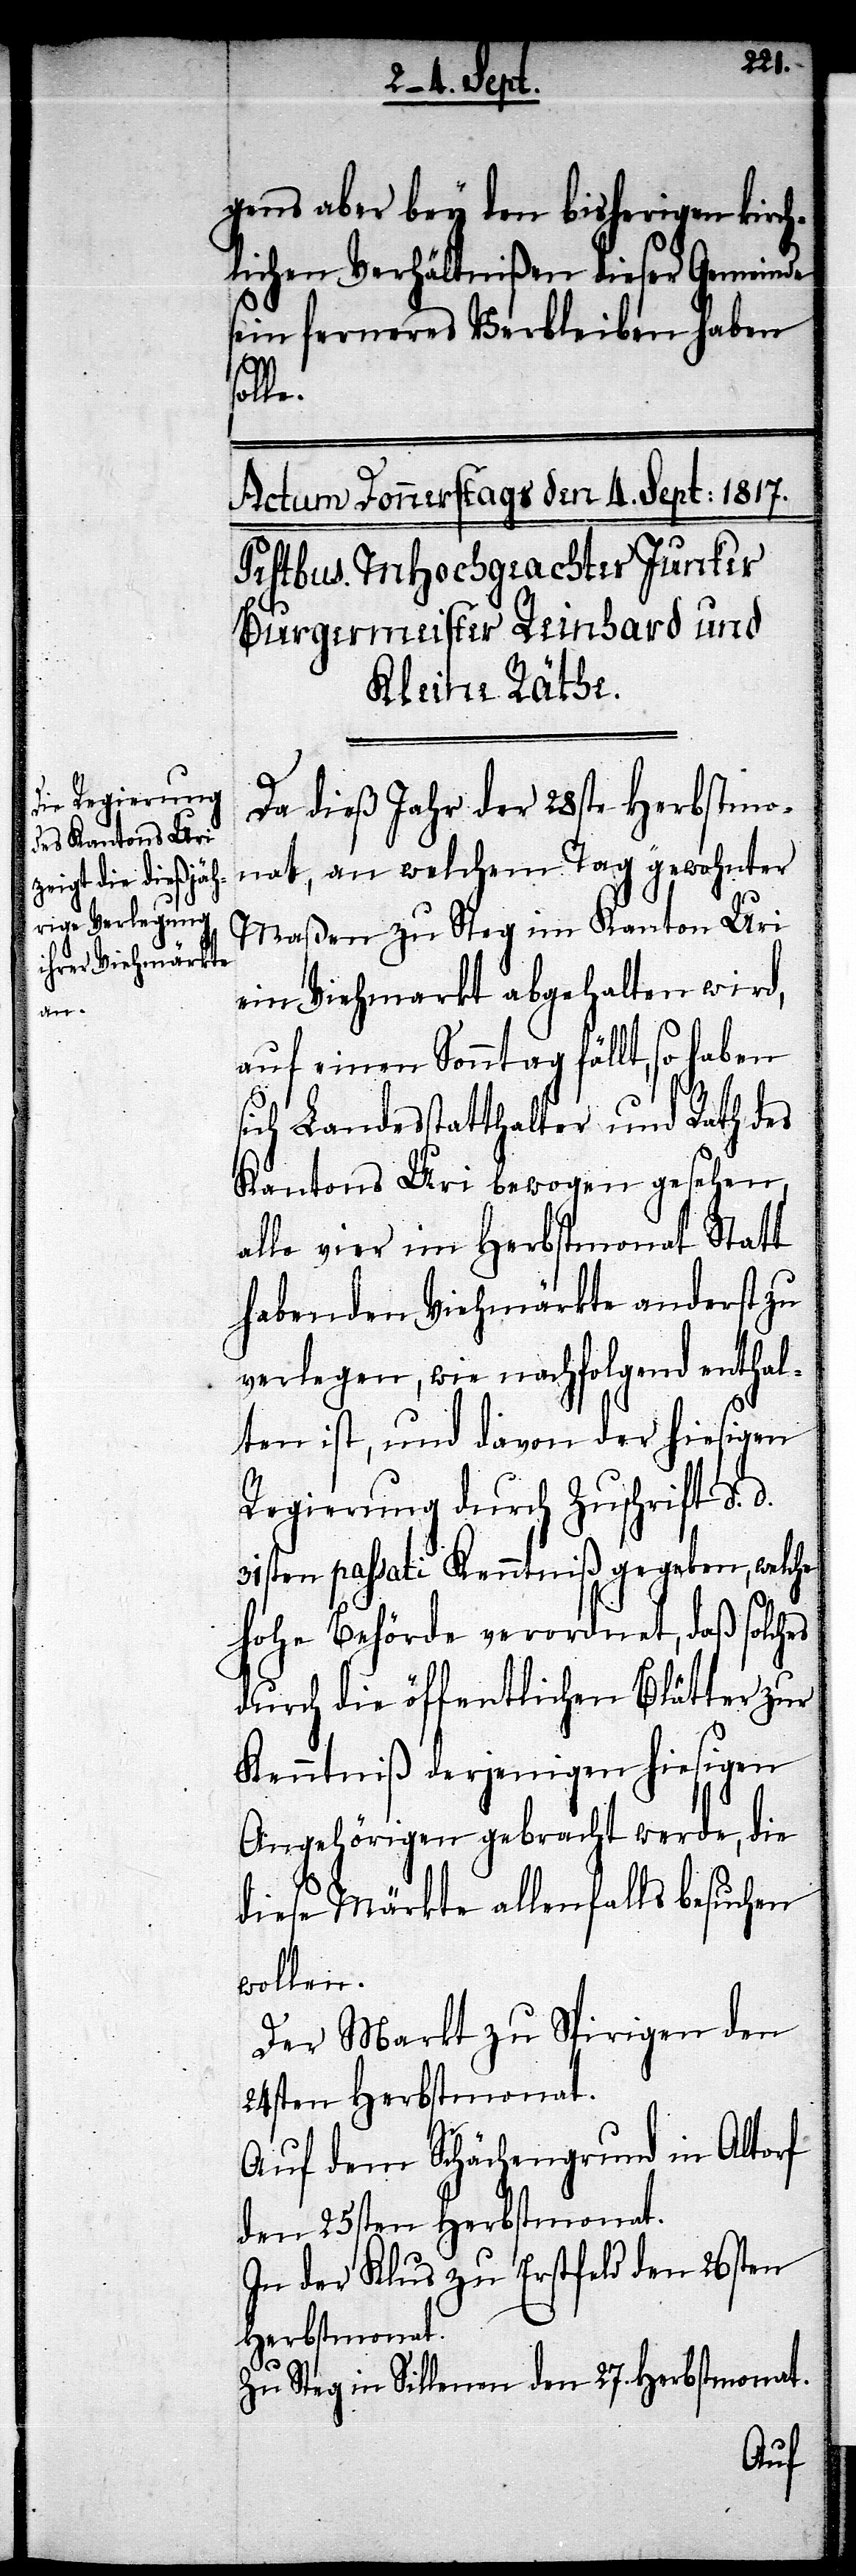
gens aber bey den bisherigen kirch¬
lichen Verhältnißen dieser Gemeinde
sein ferneres Verbleiben haben
Da dieß Jahr der 28ste Herbstmo¬
nath, an welchem Tag gewohnter
Maßen zu Steg im Kanton Uri
ein Viehmarkt abgehalten wird,
auf einen Sonntag fällt, so haben
sich Landesstatthalter und Rath des
Kantons Uri bewogen gesehen,
alle vier im Herbstmonath Statt
habenden Viehmärkte anderst zu
verlegen, wie nachfolgend enthal¬
ten ist, und davon der hiesigen
Regierung durch Zuschrift d. d.
31sten passati Kenntniß gegeben, welche
hohe Behörde verordnet, daß solches
durch die öffentlichen Blätter zur
Kenntniß derjenigen hiesigen
Angehörigen gebracht werde, die
diese Märkte allenfalls besuchen
wollen.
Der Markt zu Spiringen den
24sten Herbstmonat.
In der Klus zu Erstfeld den 26sten
Herbstmonat.
Zu Steg in Sillenen den 27. Herbstmonat.